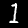
Label: 1